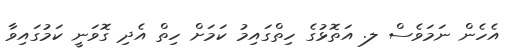
އެހެން ނަމަވެސް ލ. އަތޮޅުގެ ހިތްގައިމު ކަމަށް ހިތް އެދި ގޮވަނީ ކަމުގައިވާ